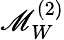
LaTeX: \mathscr{M}_{W}^{(2)}